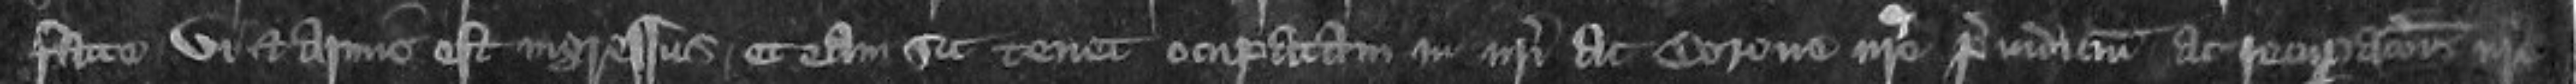
facte vi et armis est ingressus et eam sit tenet occupatam in nostri ac Corone nostre preiudicium ac recuperationis nostre